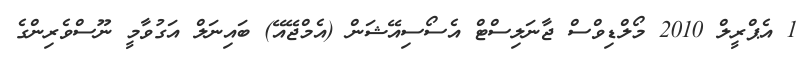
1 އެޕްރީލް 2010 މޯލްޑިވްސް ޖާނަލިސްޓް އެސޯސިއޭޝަން (އެމްޖޭއޭ) ބައިނަލް އަގުވާމީ ނޫސްވެރިންގެ